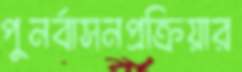
পুনর্বাসনপ্রক্রিয়ার